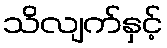
သိလျက်နှင့်